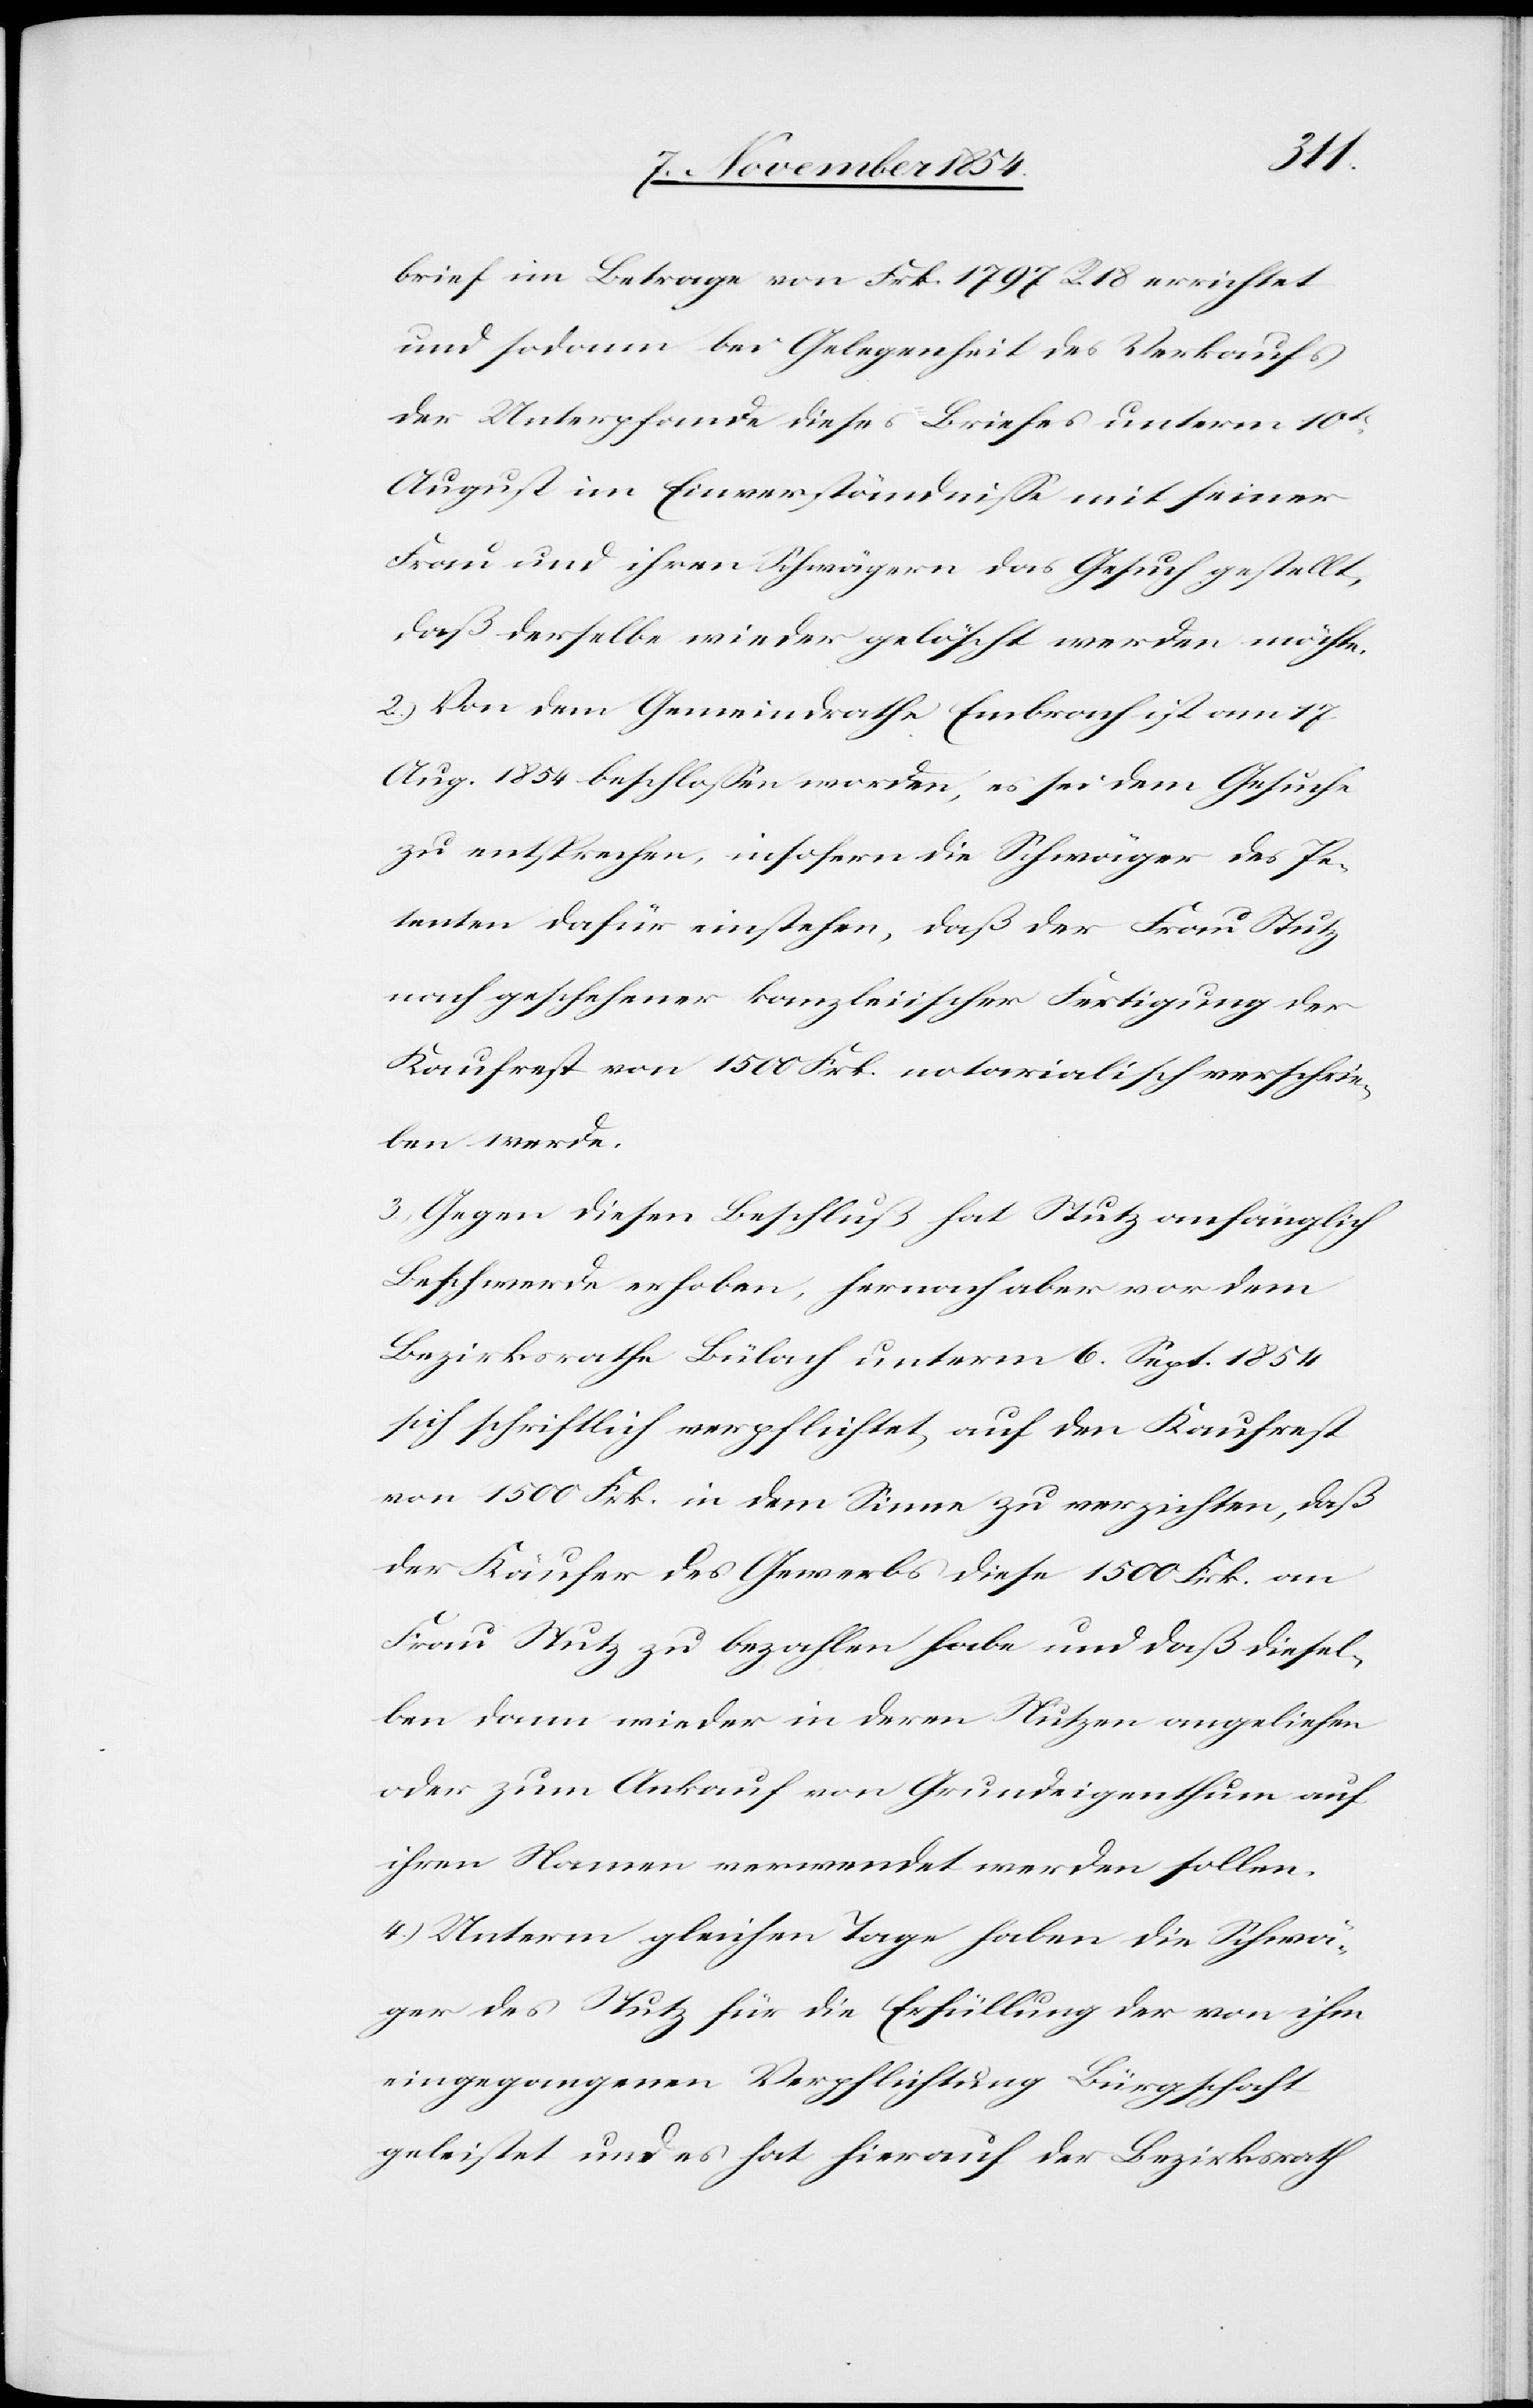
brief im Betrage von Frk. 1797 R. 18 errichtet
und sodann bei Gelegenheit des Verkaufs
der Unterpfande dieses Briefes unterm 10t
August im Einverständniße mit seiner
Frau und ihren Schwägern das Gesuch gestellt,
daß derselbe wieder gelöscht werden möchte.
2.) Von dem Gemeindrathe Embrach ist am 17
Aug. 1854 beschloßen worden, es sei dem Gesuche
zu entsprechen, insofern die Schwäger des Pe¬
tenten dafür einstehen, daß der Frau Stutz
nach geschehener kanzleiischer Fertigung der
Kaufrest von 1500 Frk. notarialisch verschrie¬
ben werde.
3.) Gegen diesen Beschluß hat Stutz anfänglich
Beschwerde erhoben, hernach aber vor dem
Bezirksrathe Bülach unterm 6. Sept. 1854
sich schriftlich verpflichtet, auf den Kaufrest
von 1500 Frk. in dem Sinne zu verzichten, daß
der Käufer des Gewerbs diese 1500 Frk. an
Frau Stutz zu bezahlen habe und daß diesel¬
ben dann wieder in deren Nutzen angeliehen
oder zum Ankauf von Grundeigenthum auf
ihren Namen verwendet werden sollen.
4.) Unterm gleichen Tage haben die Schwä¬
ger des Stutz für die Erfüllung der von ihm
eingegangenen Verpflichtung Bürgschaft
geleistet und es hat hierauf der Bezirksrath